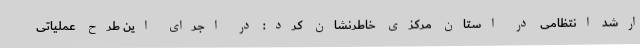
ارشد انتظامی در استان مرکزی خاطرنشان کرد:‌ در اجرای این طرح عملیاتی